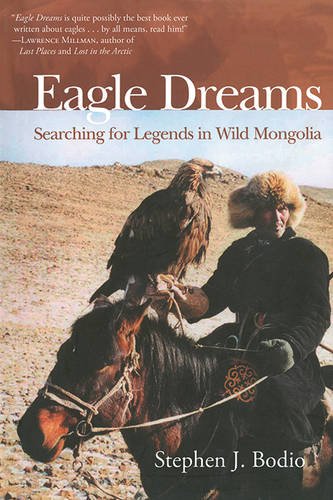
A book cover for Eagle Dreams: Searching for Legends in Wild Mongolia; Stephen Bodio; Travel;